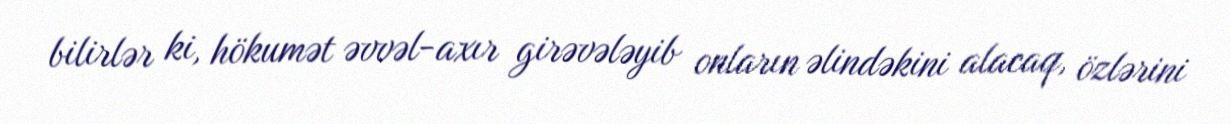
bilirlər ki, hökumət əvvəl-axır girəvələyib onların əlindəkini alacaq, özlərini